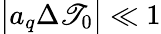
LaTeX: \big|a_{q}\Delta\mathscr{T}_{0}\big|\ll1